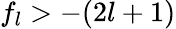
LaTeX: f_{l}>-(2l+1)